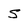
Character: S